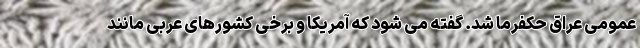
عمومی عراق حکفرما شد. گفته می شود که آمریکا و برخی کشورهای عربی مانند